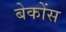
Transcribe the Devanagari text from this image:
बेकोंस